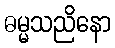
ဓမ္မသညိနော